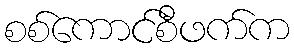
စစ်ကောင်စီဖက်က